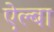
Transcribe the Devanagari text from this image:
ऐल्बा